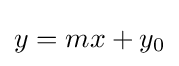
y=mx+y_{0}